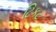
ટિકટ